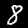
Label: 8